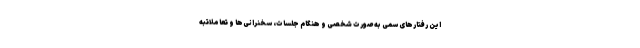
این رفتارهای سمی به صورت شخصی و هنگام جلسات، سخنرانی‌ها و تعاملاتبه